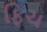
ફિચ